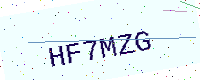
Text: HF7MZG